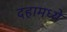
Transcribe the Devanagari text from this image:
दहामध्ये